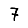
Digit: 7